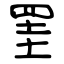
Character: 罣